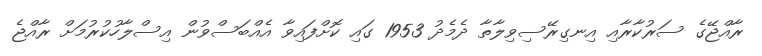
ރާއްޖޭގެ ސަރުކާރާއި އިނގިރޭސިވިލާތާ ދެމެދު 1953 ގައި ކޮށްފައިވާ އެއްބަސްވުން އިސްލާހުކުރުމަށް ރާއްޖެ